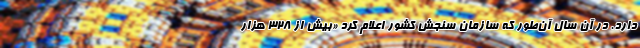
دارد. در آن سال آن‌طور که سازمان سنجش کشور اعلام کرد «بیش از ۳۲۸ هزار